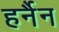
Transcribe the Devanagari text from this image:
हर्नैन